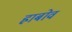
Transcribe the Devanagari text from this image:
ह्राबोव